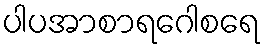
ပါပအာစာရဂေါစရေ